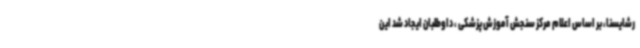
رشایسنا، بر اساس اعلام مرکز سنجش آموزش پزشکی ، داوطلبان ایجاد شد این